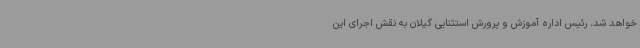
خواهد شد. رئیس اداره آموزش و پرورش استثنایی گیلان به نقش اجرای این